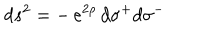
LaTeX: \: d s ^ { 2 } = - \, e ^ { 2 \rho } \, d \sigma ^ { + } d \sigma ^ { - } \: